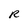
Character: R